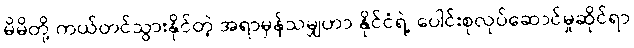
မိမိတို့ ကယ်တင်သွားနိုင်တဲ့ အရာမှန်သမျှဟာ နိုင်ငံရဲ့ ပေါင်းစုလုပ်ဆောင်မှုဆိုင်ရာ